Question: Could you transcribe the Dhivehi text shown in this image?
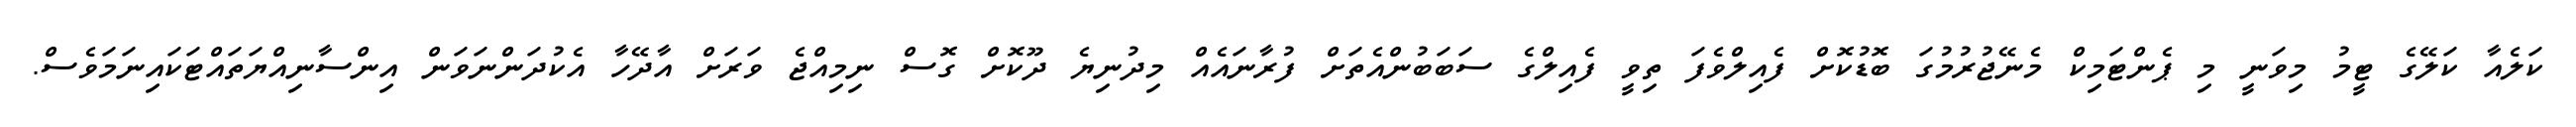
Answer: ކަލެއާ ކަލޭގެ ޓީމު މިވަނީ މި ޕެންޓަމިކް މެނޭޖުރުމުގަ ބޮޑުކޮށް ފެއިލްވެފަ ތިވީ ފެއިލްގެ ސަބަބުންއެތަށް ފުރާނައެއް މިދުނިޔެ ދޫކޮށް ގޮސް ނިމިއްޖެ ވަރަށް އާދޭހާ އެކުދަންނަވަން އިންސާނިއްޔަތައްޓަކައިނަމަވެސް.